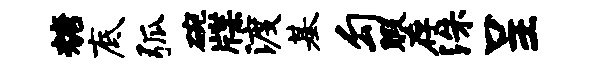
糖底弧碗牒渡基勾暇存洙呈